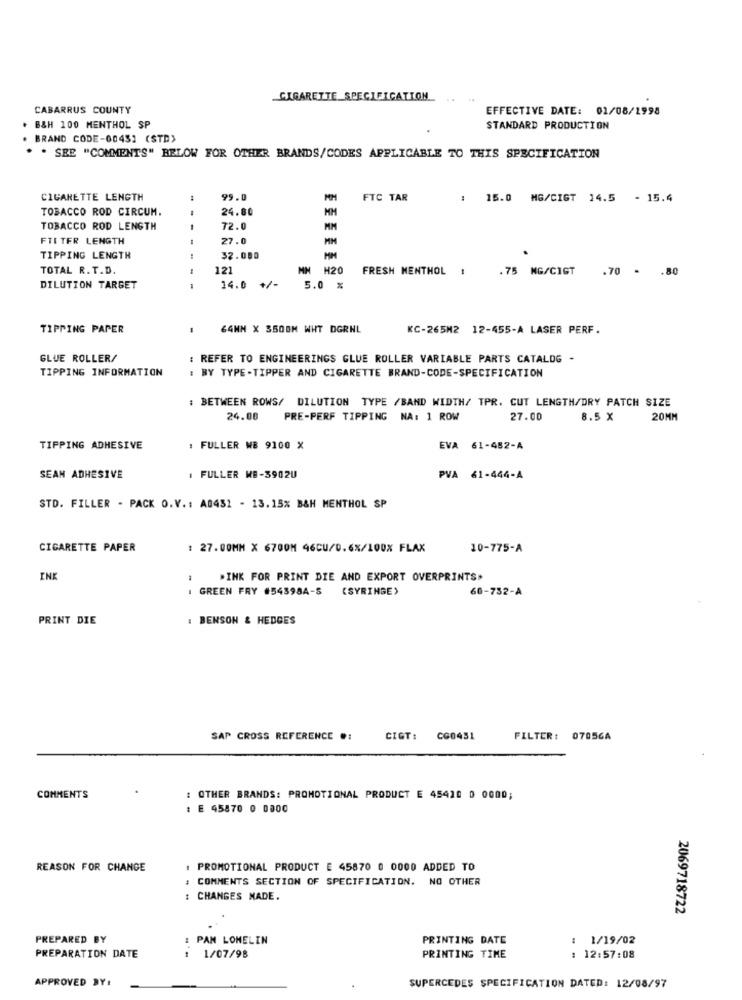
CIGARETTE_SPECIFICATION
CABARRUS COUNTY
EFFECTIVE DATE: 01/08/1998
. B&H 100 MENTHOL SP
STANDARD PRODUCTION
BRAND CODE-00451 (STD)
. . SEE "COMMENTS" BELOW FOR OTHER BRANDS/CODES APPLICABLE TO THIS SPECIFICATION
CIGARETTE LENGTH
95.0
FTC TAR
: 15.0 MG/CIGT 14.5 - 15.4
TOBACCO ROD CIRCUM.
24.80
TOBACCO ROD LENGTH
72.0
MM
FTI TER LENGTH
27.0
TIPPING LENGTH
32.000
TOTAL R. T.D.
121
MM H20
FRESH MENTHOL !
.75 MG/CIGT .70 - . 80
14.0 +/-
DILUTION TARGET
5.0 %
TIPPING PAPER
64MM X 3500M WHT DGRNL
KC-265M2 12-455-A LASER PERF.
GLUE ROLLER/
: REFER TO ENGINEERINGS GLUE ROLLER VARIABLE PARTS CATALOG -
TIPPING INFORMATION
BY TYPE -TIPPER AND CIGARETTE BRAND-CODE-SPECIFICATION
: BETWEEN ROWS/ DILUTION TYPE /BAND WIDTH/ TPR. CUT LENGTH/DRY PATCH SIZE
24.08
PRE-PERF TIPPING NA: 1 ROW
27.00
8.5 X
20MM
TIPPING ADHESIVE
: FULLER WB 9100 X
EVA 61-452-A
SEAN ADHESIVE
. FULLER ME-3902U
PVA 61-444-A
STD. FILLER - PACK O.V. : A0431 - 13.15% B&H MENTHOL SP
CIGARETTE PAPER
: 27.00MM X 6700M 46CU/0.6%/100% FLAX
10-775-A
INK
-
"INK FOR PRINT DIE AND EXPORT OVERPRINTS>
GREEN FRY #54398A-S
(SYRINGE)
60-732-A
PRINT DIE
: BENSON & HEDGES
SAP CROSS REFERENCE .:
CIGT:
CG0451
FILTER: 07056A
COMMENTS
: OTHER BRANDS: PROMOTIONAL PRODUCT E 45420 0 0000;
: E 45870 0 0000
REASON FOR CHANGE
PROMOTIONAL PRODUCT E 45870 0 0000 ADDED TO
: COMMENTS SECTION OF SPECIFICATION. NO OTHER
: CHANGES MADE.
2069718722
PREPARED BY
PAN LONELIN
PRINTING DATE
1/19/02
PREPARATION DATE
: 1/07/98
PRINTING TIME
: 12:57:08
APPROVED BY:
SUPERCEDES SPECIFICATION DATED: 12/08/97